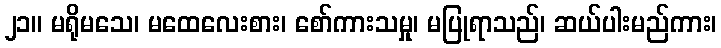
၂၁။ မရိုမသေ၊ မထေလေးစား၊ စော်ကားသမှု၊ မပြုရာသည်၊ ဆယ်ပါးမည်ကား၊